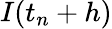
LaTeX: I(t_{n}+h)